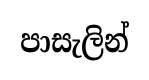
පාසැලින්